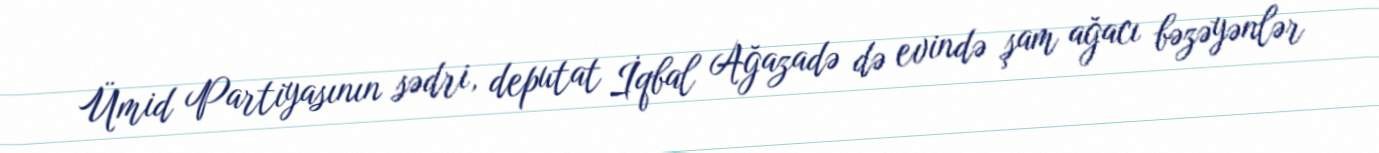
Ümid Partiyasının sədri, deputat İqbal Ağazadə də evində şam ağacı bəzəyənlər